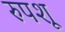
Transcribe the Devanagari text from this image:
रुपशू